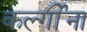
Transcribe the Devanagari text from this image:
कर्ल्गींना